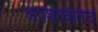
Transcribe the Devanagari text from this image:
अयशस्वीतेचे